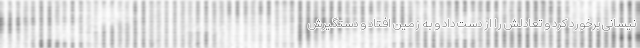
نیسانی برخورد کرد و تعادلش را از دست داد و به زمین افتاد و دستگیرش